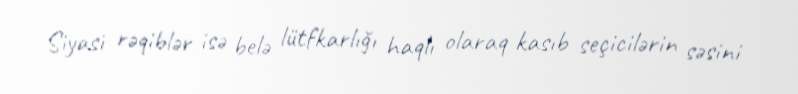
Siyasi rəqiblər isə belə lütfkarlığı haqlı olaraq kasıb seçicilərin səsini